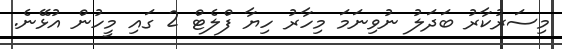
މިސަރުކާރު ބަދަލު ނުވިނަމަ މިހާރު ހިޔާ ފްލެޓް 2 ގައި މީހުން އުޅޭނެ.